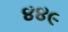
૪૪૯